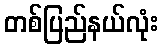
တစ်ပြည်နယ်လုံး